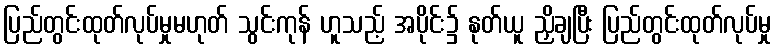
ပြည်တွင်းထုတ်လုပ်မှုမဟုတ် သွင်းကုန် ဟူသည့် အပိုင်း၌ နုတ်ယူ ညှိချပြီး ပြည်တွင်းထုတ်လုပ်မှု